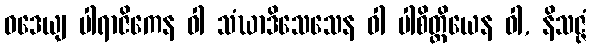
ဝဒေယျ ပါရာဇိကေန ဝါ သံဃာဒိသေသေန ဝါ ပါစိတ္တိယေန ဝါ, နိသဇ္ဇံ